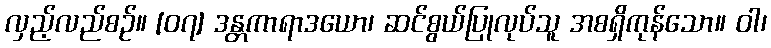
လှည့်လည်စဉ်။ [၀၇] ဒန္တကာရာဒယော၊ ဆင်စွယ်ပြုလုပ်သူ အစရှိကုန်သော။ ဝါ၊